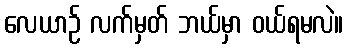
လေယာဉ် လက်မှတ် ဘယ်မှာ ဝယ်ရမလဲ။